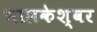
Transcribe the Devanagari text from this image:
भालकेश्वर